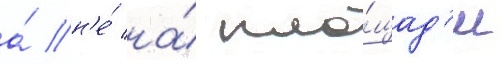
а́ н'е́ на́ пло́щад'и